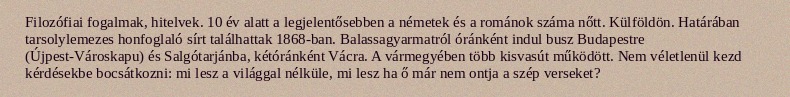
Filozófiai fogalmak, hitelvek. 10 év alatt a legjelentősebben a németek és a románok száma nőtt. Külföldön. Határában tarsolylemezes honfoglaló sírt találhattak 1868-ban. Balassagyarmatról óránként indul busz Budapestre (Újpest-Városkapu) és Salgótarjánba, kétóránként Vácra. A vármegyében több kisvasút működött. Nem véletlenül kezd kérdésekbe bocsátkozni: mi lesz a világgal nélküle, mi lesz ha ő már nem ontja a szép verseket?